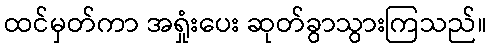
ထင်မှတ်ကာ အရှုံးပေး ဆုတ်ခွာသွားကြသည်။